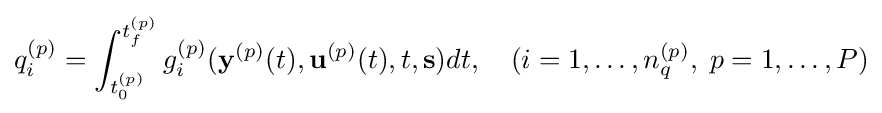
q_{i}^{(p)}=\int _{t_{0}^{(p)}}^{t_{f}^{(p)}}g_{i}^{(p)}(\mathbf {y} ^{(p)}(t),\mathbf {u} ^{(p)}(t),t,\mathbf {s} )dt,\quad (i=1,\ldots ,n_{q}^{(p)},\;p=1,\ldots ,P)